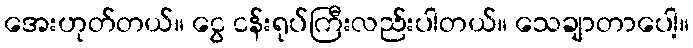
အေးဟုတ်တယ်။ ငွေ ငန်းရုပ်ကြီးလည်းပါတယ်။ သေချာတာပေါ့။